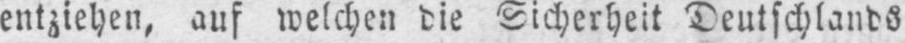
entziehen, auf welchen die Sicherheit Deutschlands